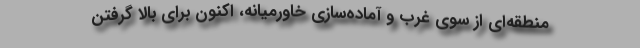
منطقه‌ای از سوی غرب و آماده‌سازی خاورمیانه، اکنون برای بالا گرفتن